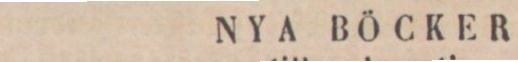
NYA BÖCKER